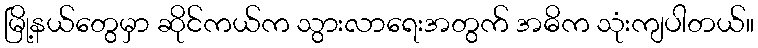
မြို့နယ်တွေမှာ ဆိုင်ကယ်က သွားလာရေးအတွက် အဓိက သုံးကျပါတယ်။